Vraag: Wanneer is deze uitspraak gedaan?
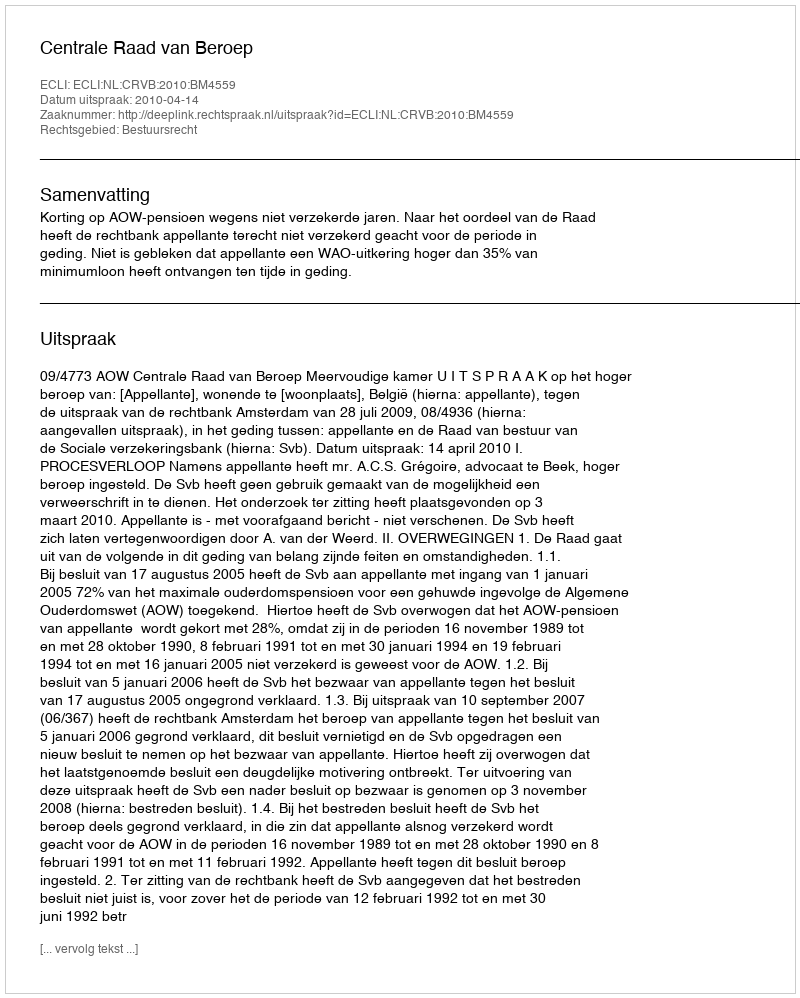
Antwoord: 2010-04-14